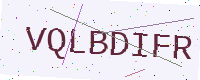
Text: VQLBDIFR